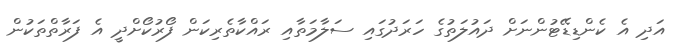
އަދި އެ ކެންޑިޑޭޓުންނަށް ދައުލަތުގެ ހަރަދުގައި ސަލާމަތާއި ރައްކާތެރިކަން ފޯރުކޯށްދީ އެ ފަރާތްތަކުން